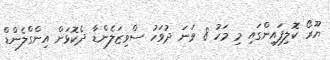
ޔޫރޯ ކޮލިފައިންގައި މި މަހު 8 ވަނަ ދުވަހު ސްވިޒަލެންޑާ ދެކޮޅަށް އިންގްލެންޑް